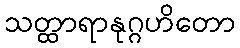
သတ္ထာရာနုဂ္ဂဟိတော